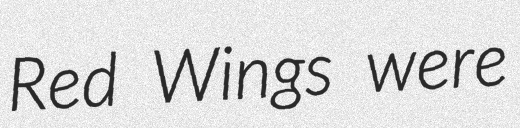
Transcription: Red Wings were